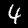
Digit: 4